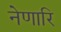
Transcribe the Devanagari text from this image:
नेणारि